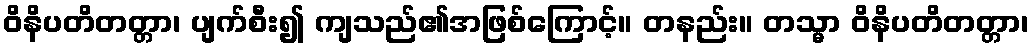
ဝိနိပတိတတ္တာ၊ ပျက်စီး၍ ကျသည်၏အဖြစ်ကြောင့်။ တနည်း။ တသ္မာ ဝိနိပတိတတ္တာ၊